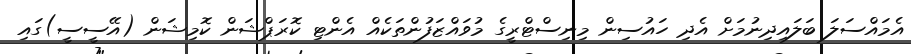
އެމައްސަލަ ބަލައިދިނުމަށް އެދި ހައުސިން މިނިސްޓްރީގެ މުވައްޒަފުންތަކެއް އެންޓި ކޮރަޕްޝަން ކޮމިޝަން (އޭސީސީ)ގައި